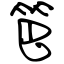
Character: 笆